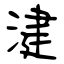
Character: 湕